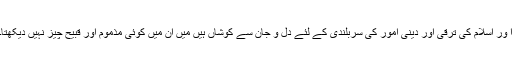
ا ور اسلام کی ترقی اور دینی امور کی سربلندی کے لئے دل و جان سے کوشاں ہیں میں ان میں کوئی مذموم اور قبیح چیز نہیں دیکھتا۔